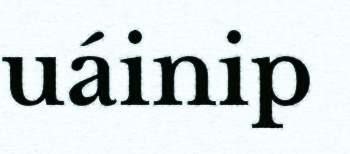
uáinip